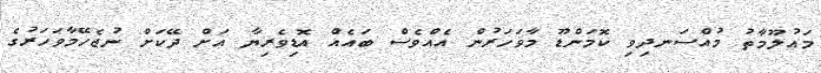
މައުލޫމާތު މުއްސަނދިވި ކޮމަންޑޫ މާވަހަރުން އެއްވެސް ބައެއް އޮޑިވެރިޔާ އަށް ދޭކަށް ނުޖެހޭމާވަހަރުގެ